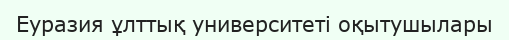
Еуразия ұлттық университеті оқытушылары